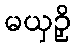
မယှဉှိ